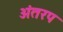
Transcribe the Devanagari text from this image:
अंतरप